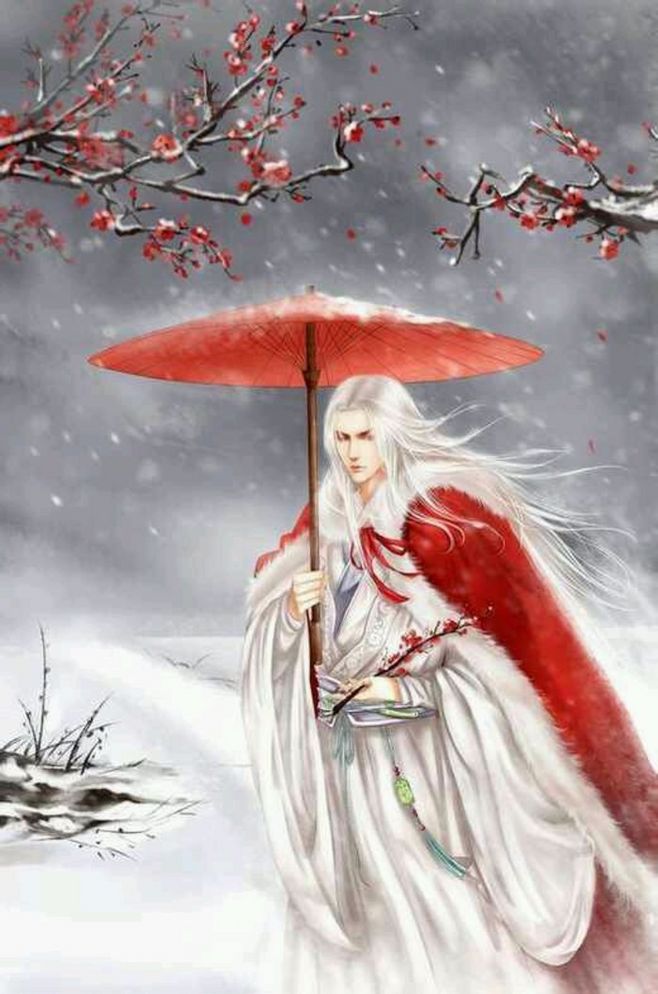
相思休问定何如。情知春去后，管得落花无。